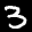
Label: 3